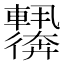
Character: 𬨀